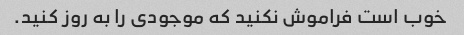
خوب است فراموش نکنید که موجودی را به روز کنید.